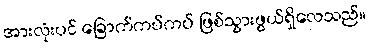
အားလုံးပင် ခြောက်ကပ်ကပ် ဖြစ်သွားဖွယ်ရှိလေသည်။